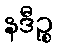
နဒီဉ္စ